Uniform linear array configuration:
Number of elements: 24
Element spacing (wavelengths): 0.25
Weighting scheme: exponential
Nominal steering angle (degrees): -60
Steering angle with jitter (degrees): -61.746
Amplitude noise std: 0.05
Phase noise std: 0.05

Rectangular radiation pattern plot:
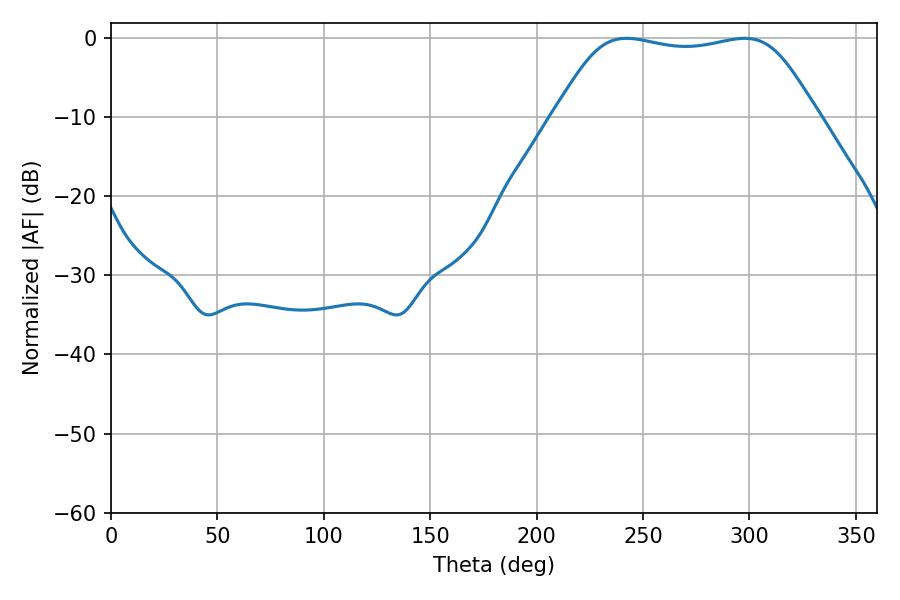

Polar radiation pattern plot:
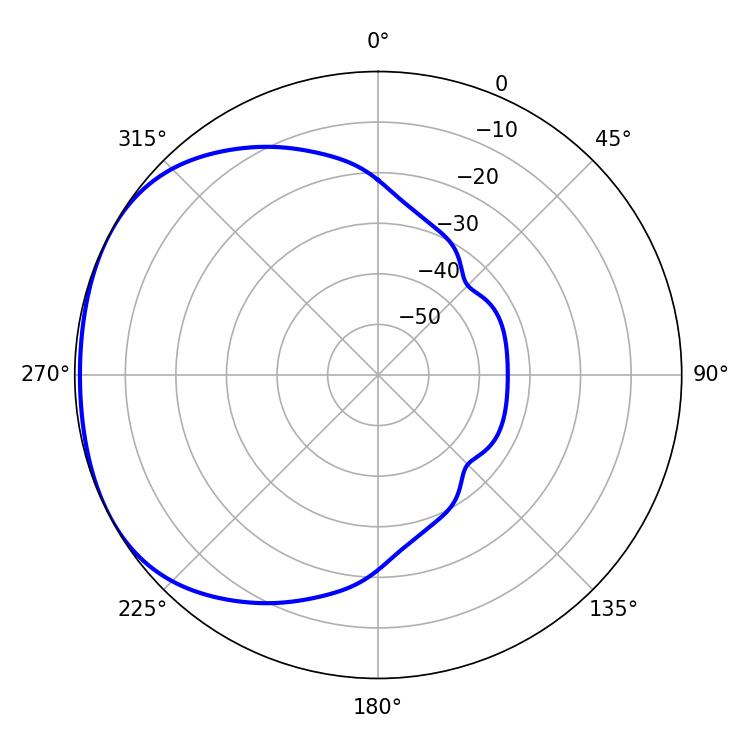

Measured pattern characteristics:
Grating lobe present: FALSE
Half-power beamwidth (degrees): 93.96
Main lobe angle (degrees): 242.28